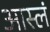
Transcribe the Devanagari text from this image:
आस्लं